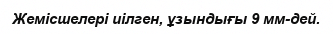
Жемісшелері иілген, ұзындығы 9 мм-дей.